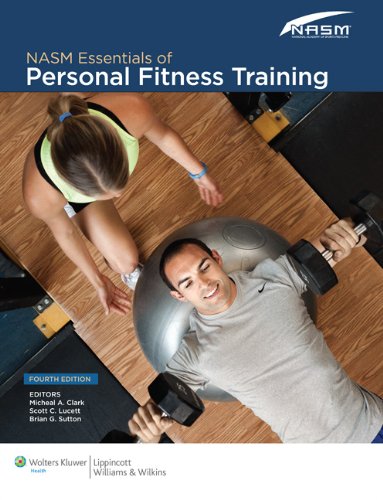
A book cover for NASM Essentials of Personal Fitness Training; National Academy of Sports Medicine; Medical Books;